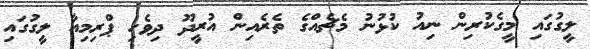
ލީގުގައި މީގެކުރިން ނިއު ކުޅުނު މެޗެއްގެ ތެރެއިން އުރީދޫ ދިވެހި ޕްރިމިއާ ލީގުގައި